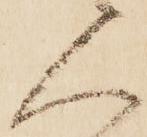
人